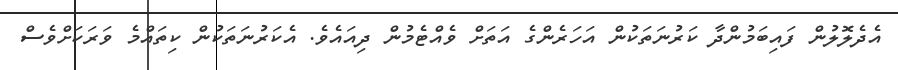
އެދެލޮލުން ފައިބަމުންދާ ކަރުނަތަކުން އަހަރެންގެ އަތަށް ވެއްޓެމުން ދިއައެވެ. އެކަރުނަތަކުން ކިތައްމެ ވަރަކަށްވެސް